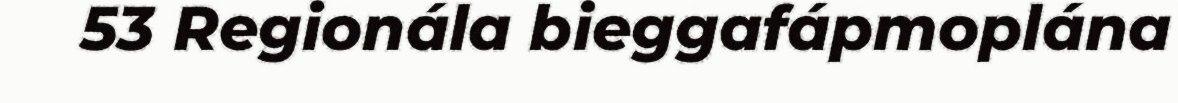
53 Regionála bieggafápmoplána